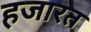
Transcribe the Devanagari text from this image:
हजारत